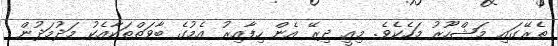
ތެރޭގައި މަޝްހޫރު މަހެކެވެ. މިއީ ދިރޭ އެން ހިފާއިރު އެމުގެ ބާވަތްތަކާއެކު މަދުމަދުން